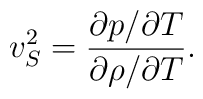
v^2_S=\frac{\partial p/ \partial T}{\partial \rho/ \partial T}.